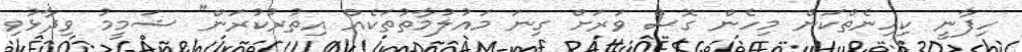
ހިފާނީ ކިހިނެތްކަން މިހެން ގޮސް ވަރަށް ގިނަ މައުލުމާތުތަކެއް އިތުރުކުރަން" ޝަމީމު ވިދާޅުވި